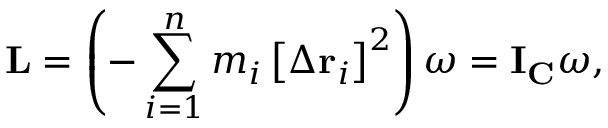
\mathbf { L } = \left( - \sum _ { i = 1 } ^ { n } m _ { i } \left[ \Delta \mathbf { r } _ { i } \right] ^ { 2 } \right) { \boldsymbol { \omega } } = \mathbf { I } _ { \mathbf { C } } { \boldsymbol { \omega } } ,